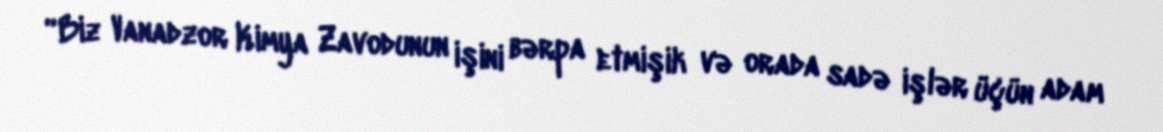
“Biz Vanadzor Kimya Zavodunun işini bərpa etmişik və orada sadə işlər üçün adam